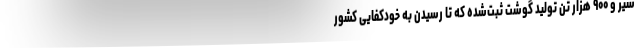
شیر و ۹۰۰ هزار تن تولید گوشت ثبت‌شده که تا رسیدن به خودکفایی کشور